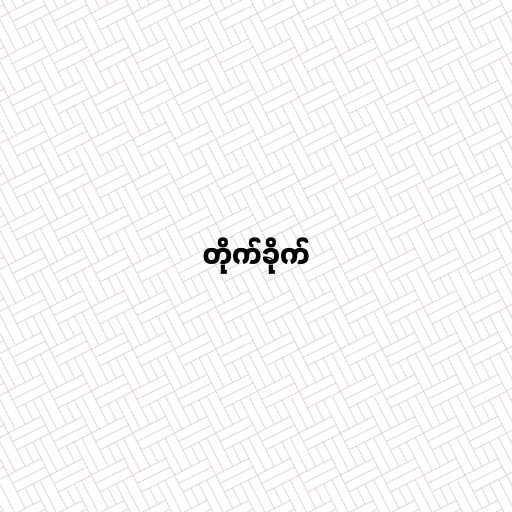
တိုက်ခိုက်